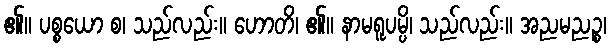
၏။ ပစ္စယော စ၊ သည်လည်း။ ဟောတိ၊ ၏။ နာမရူပမ္ပိ၊ သည်လည်း။ အညမညဉ္စ၊